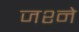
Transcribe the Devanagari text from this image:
जश्ने